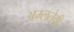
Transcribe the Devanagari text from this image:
अम्लतेची